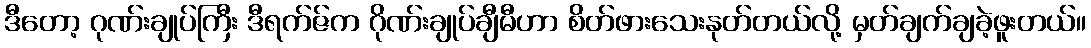
ဒီတော့ ဂုဏ်းချုပ်ကြီး ဒီရက်ဇ်က ဂိုဏ်းချုပ်ချီမီဟာ စိတ်ဖားသေးနုတ်တယ်လို့ မှတ်ချက်ချခဲ့ဖူးတယ်။